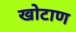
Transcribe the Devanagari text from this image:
खोटाण